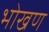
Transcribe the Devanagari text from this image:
भोखण